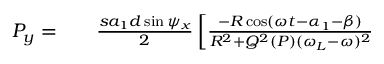
\begin{array} { r l r } { ~ P _ { y } = } & { { } } & { \frac { s a _ { 1 } d \sin \psi _ { x } } { 2 } \left[ \frac { - R \cos ( \omega t - \alpha _ { 1 } - \beta ) } { R ^ { 2 } + Q ^ { 2 } ( P ) ( \omega _ { L } - \omega ) ^ { 2 } } \right. } \end{array}